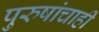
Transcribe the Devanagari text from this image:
पुरुषांचाही